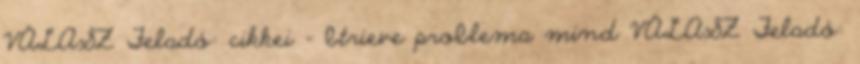
VÁLASZ Feladó: cikkei - btrieve problema mind VÁLASZ Feladó: